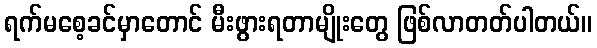
ရက်မစေ့ခင်မှာတောင် မီးဖွားရတာမျိုးတွေ ဖြစ်လာတတ်ပါတယ်။